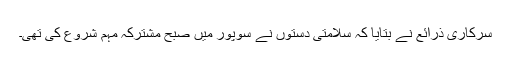
سرکاری ذرائع نے بتایا کہ سلامتی دستوں نے سوپور میں صبح مشترکہ مہم شروع کی تھی۔